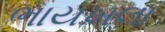
ભાયખલા